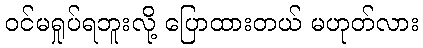
ဝင်မရှုပ်ရဘူးလို့ ပြောထားတယ် မဟုတ်လား